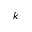
k